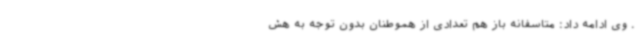
. وی ادامه داد: متاسفانه باز هم تعدادی از هموطنان بدون توجه به هش